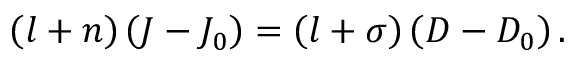
\left( l + n \right) \left( J - J _ { 0 } \right) = \left( l + \sigma \right) \left( D - D _ { 0 } \right) .